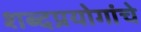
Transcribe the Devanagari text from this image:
शब्दप्रयोगांचे